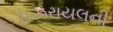
ઇઝરાયલની